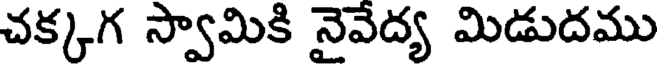
చక్కగ స్వామికి నైవేద్య మిడుదము